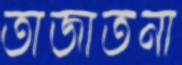
তাজাতনা